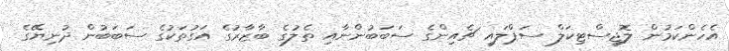
އެހެންކަމުން ލޮޖިސްޓިކަލް ސަޕްލައި ޗެއިންގެ ސަބަބުންނާއި ތެލުގެ ބާޒާރުގެ އަގުތަކުގެ ސަބަބުން ދުނިޔޭގެ